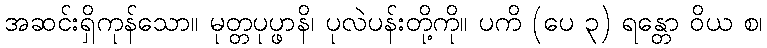
အဆင်းရှိကုန်သော။ မုတ္တပုပ္ဖာနိ၊ ပုလဲပန်းတို့ကို။ ပကိ (ပေ ၃) ရန္တော ဝိယ စ၊